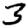
Digit: 3